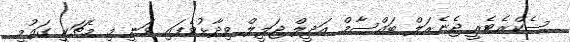
ސެކްރެޓެރީ ޖެނެރަލް ބައްސާމް އަދީލް ޖަލީލް ވިދާޅުވެފައި ވަނީ މި މެޗަކީ ގައުމީ